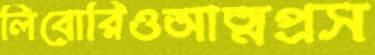
লিবোরিওআত্মপ্রস